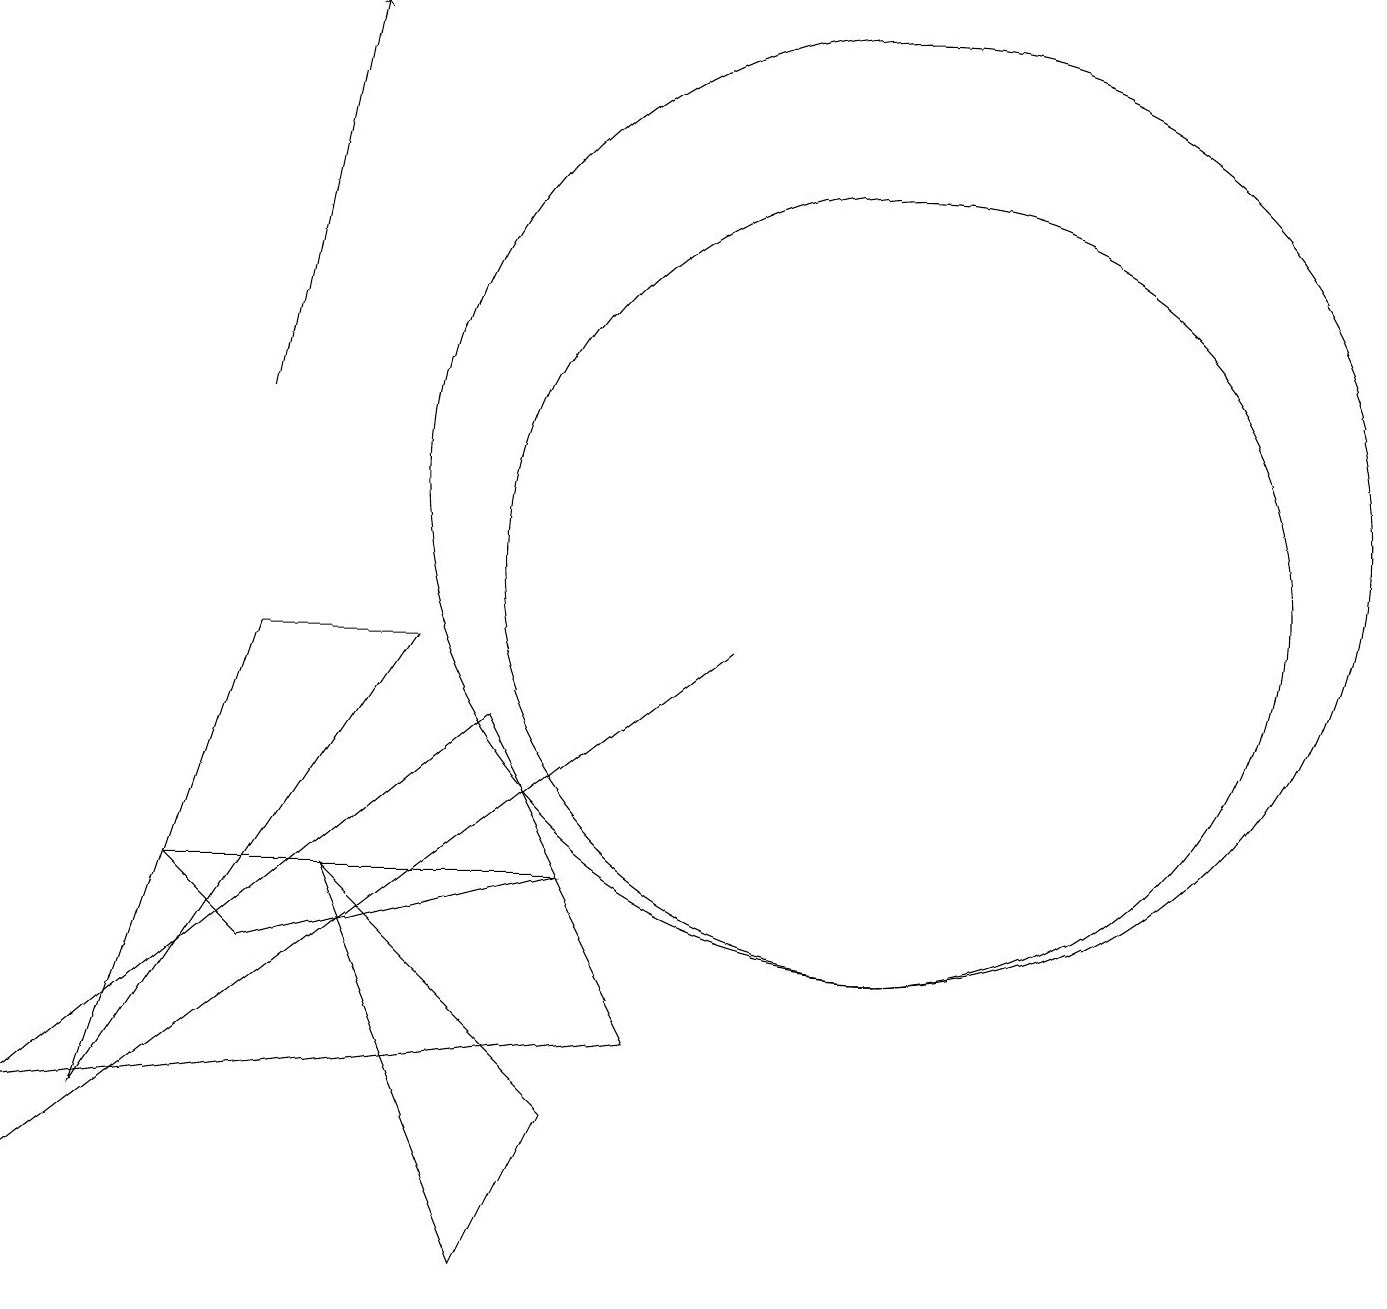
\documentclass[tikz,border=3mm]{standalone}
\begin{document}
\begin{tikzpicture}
\draw (11,10) circle (5);
\draw (9,9) -- (0,2) -- (0,2) -- cycle;
\draw[->] (3,12) -- (4,17);
\draw (0,3) -- (6,8) -- (8,4) -- cycle;
\draw (2,6) -- (3,5) -- (7,6) -- cycle;
\draw (11,11) circle (6);
\draw (5,9) -- (1,3) -- (3,9) -- cycle;
\draw (4,6) -- (6,1) -- (7,3) -- cycle;
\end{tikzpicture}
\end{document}